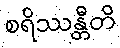
စရိဿန္တီတိ